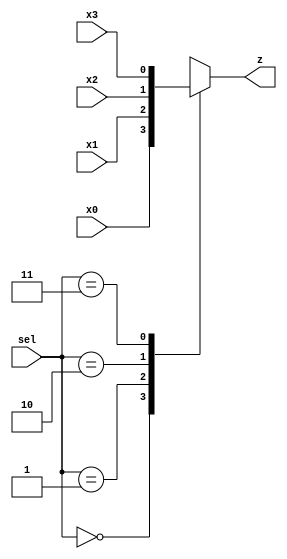
//////////////////////////////////////////////////////////////////////////////////
// Design: 4x1 Mux
//////////////////////////////////////////////////////////////////////////////////
`timescale 1ns / 1ps

module mux(sel, x0, x1, x2, x3, z);
    input  wire [1:0] sel;
    input  wire x0,x1,x2,x3;
    output reg z;

    always @ *
        begin
            case (sel)
                2'b00 : z <= x0;
                2'b01 : z <= x1;
                2'b10 : z <= x2;
                2'b11 : z <= x3;

                default: z <= 1'b0;
            endcase
        end

endmodule